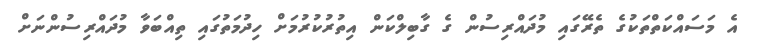
އެ މަސައްކަތްތަކުގެ ތެރޭގައި މުދައްރިސުން ގެ ގާބިލްކަން އިތުރުކުރުމަށް ހިދުމަތުގައި ތިއްބަވާ މުދައްރިސުންނަށް